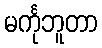
မင်္ကုဘူတာ